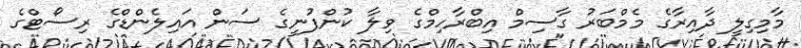
މާމިގިލީ ދާއިރާގެ މެމްބަރު ގާސިމް އިބްރާހިމްގެ ވިލާ ކުންފުނީގެ ސަން އައިލެންޑްގެ ރިސޯޓްގެ